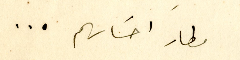
مطارَ احسَاسهم ...